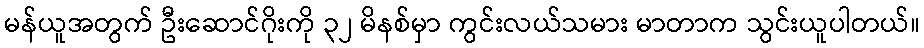
မန်ယူအတွက် ဦးဆောင်ဂိုးကို ၃၂ မိနစ်မှာ ကွင်းလယ်သမား မာတာက သွင်းယူပါတယ်။